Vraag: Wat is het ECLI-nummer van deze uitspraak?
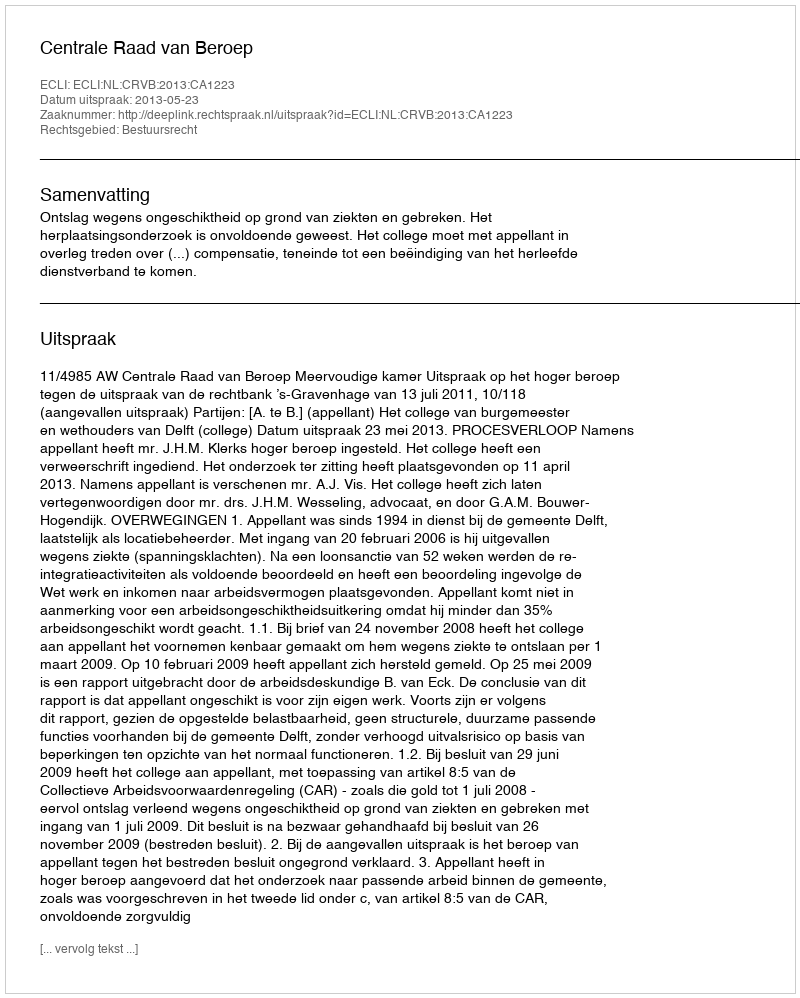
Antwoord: ECLI:NL:CRVB:2013:CA1223